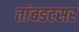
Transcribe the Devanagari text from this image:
तांबडटसर